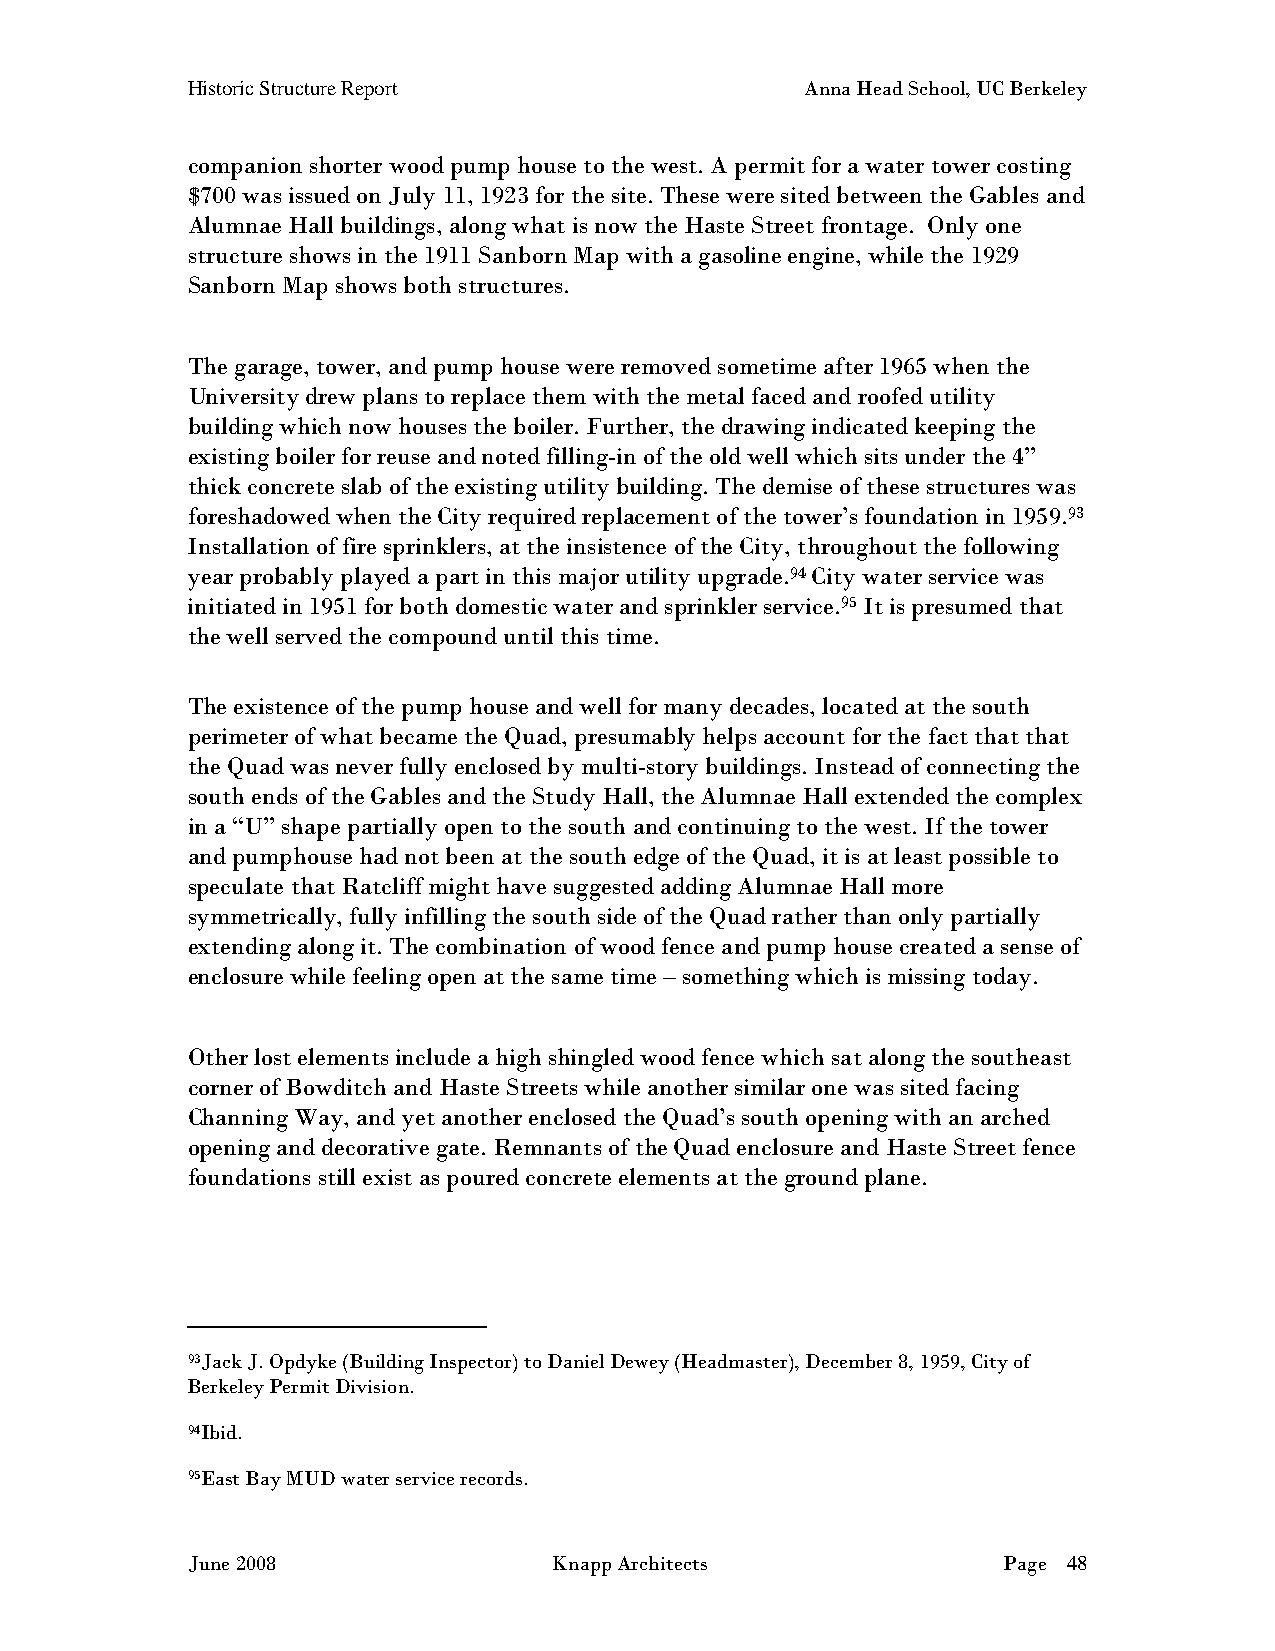
Historic Structure Report                Anna Head School, UC Berkeley
 companion shorter wood pump house to the west. A permit for a water tower costing
 $700 was issued on July 11, 1923 for the site. These were sited between the Gables and
 Alumnae Hall buildings, along what is now the Haste Street frontage. Only one
 structure shows in the 1911 Sanborn Map with a gasoline engine, while the 1929
 Sanborn Map shows both structures.
 The garage, tower, and pump house were removed sometime after 1965 when the
 University drew plans to replace them with the metal faced and roofed utility
 building which now houses the boiler. Further, the drawing indicated keeping the
 existing boiler for reuse and noted filling-in of the old well which sits under the 4”
 thick concrete slab of the existing utility building. The demise of these structures was
 foreshadowed when the City required replacement of the tower’s foundation in 1959.93
 Installation of fire sprinklers, at the insistence of the City, throughout the following
 year probably played a part in this major utility upgrade.94 City water service was
 initiated in 1951 for both domestic water and sprinkler service.95 It is presumed that
 the well served the compound until this time.
 The existence of the pump house and well for many decades, located at the south
 perimeter of what became the Quad, presumably helps account for the fact that that
 the Quad was never fully enclosed by multi-story buildings. Instead of connecting the
 south ends of the Gables and the Study Hall, the Alumnae Hall extended the complex
 in a “U” shape partially open to the south and continuing to the west. If the tower
 and pumphouse had not been at the south edge of the Quad, it is at least possible to
 speculate that Ratcliff might have suggested adding Alumnae Hall more
 symmetrically, fully infilling the south side of the Quad rather than only partially
 extending along it. The combination of wood fence and pump house created a sense of
 enclosure while feeling open at the same time – something which is missing today.
 Other lost elements include a high shingled wood fence which sat along the southeast
 corner of Bowditch and Haste Streets while another similar one was sited facing
 Channing Way, and yet another enclosed the Quad’s south opening with an arched
 opening and decorative gate. Remnants of the Quad enclosure and Haste Street fence
 foundations still exist as poured concrete elements at the ground plane.
 93Jack J. Opdyke (Building Inspector) to Daniel Dewey (Headmaster), December 8, 1959, City of
 Berkeley Permit Division.
 94Ibid.
 95East Bay MUD water service records.
 June 2008                Knapp Architects             Page 48